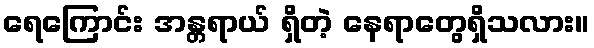
ရေကြောင်း အန္တရာယ် ရှိတဲ့ နေရာတွေရှိသလား။